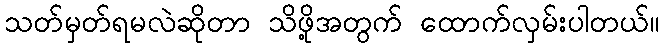
သတ်မှတ်ရမလဲဆိုတာ သိဖို့အတွက် ထောက်လှမ်းပါတယ်။